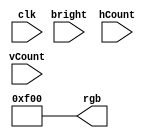
module doneL_bitchange(
	input clk,
	input bright,
	input [9:0] hCount, vCount,
	output reg [11:0] rgb
   );
	
	parameter BLACK = 12'b0000_0000_0000;
	parameter WHITE = 12'b1111_1111_1111;
	parameter RED   = 12'b1111_0000_0000;
	parameter GREEN = 12'b0000_1111_0000;

	reg reset;

	initial begin
		reset = 1'b0;
	end
	
	always@ (*)
	rgb = RED; // force black if not bright

endmodule